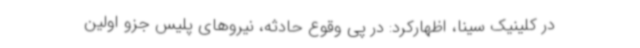
در کلینیک سینا، اظهارکرد: در پی وقوع حادثه، نیروهای پلیس جزو اولین